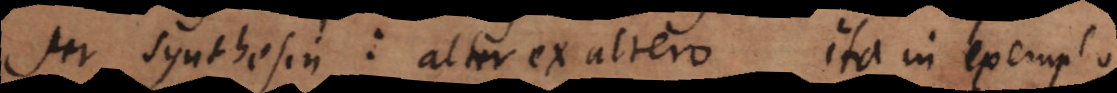
per synthesin: alter ex altero. Ita in exemplo